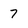
Character: 7